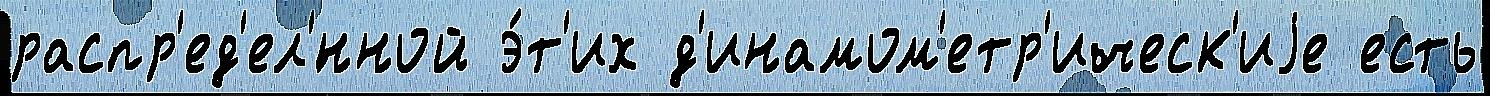
распр'ед'ел'́нной э́т'их д'инамом'етр'ическ'иjе есть